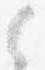
之